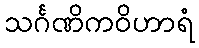
သင်္ဂဏိကဝိဟာရံ